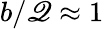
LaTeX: b/\mathscr{Q}\approx1